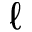
\ell